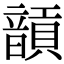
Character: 𩐵